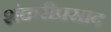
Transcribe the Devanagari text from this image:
शंकरीप्रसाद